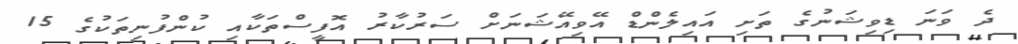
ދެ ވަނަ ޑިވިޝަނުގެ ތަށި އައިލެންޑް އޭވިއޭޝަނަށް ސަރުކާރު އޮފީސްތަކާއި ކުންފުނިތަކުގެ 15